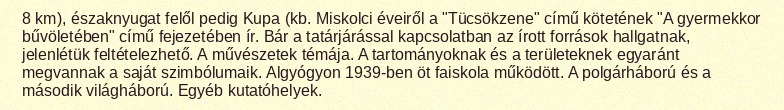
8 km), északnyugat felől pedig Kupa (kb. Miskolci éveiről a "Tücsökzene" című kötetének "A gyermekkor bűvöletében" című fejezetében ír. Bár a tatárjárással kapcsolatban az írott források hallgatnak, jelenlétük feltételezhető. A művészetek témája. A tartományoknak és a területeknek egyaránt megvannak a saját szimbólumaik. Algyógyon 1939-ben öt faiskola működött. A polgárháború és a második világháború. Egyéb kutatóhelyek.